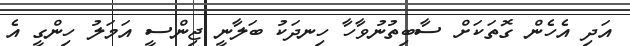
އަދި އެހެން ގޮތަކަށް ސާބިތުނުވާހާ ހިނދަކު ބަލާނީ ޖިންސީ އަމަލު ހިންގީ އެ